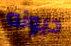
ديونه